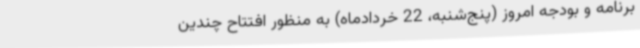
برنامه و بودجه امروز (پنج‌شنبه، 22 خردادماه) به منظور افتتاح چندین